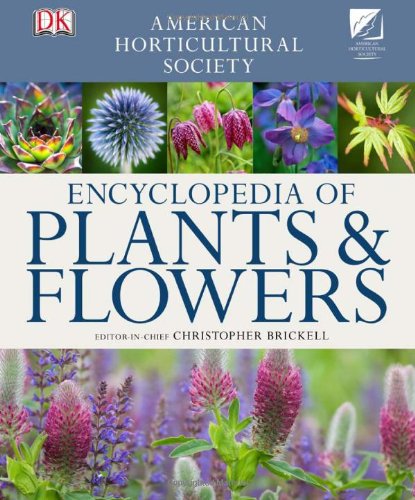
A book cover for American Horticultural Society Encyclopedia of Plants and Flowers (American Horticultural Society); Crafts, Hobbies & Home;